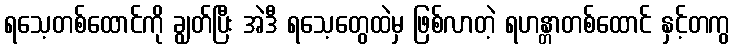
ရသေ့တစ်ထောင်ကို ချွတ်ပြီး အဲဒီ ရသေ့တွေထဲမှ ဖြစ်လာတဲ့ ရဟန္တာတစ်ထောင် နှင့်တကွ